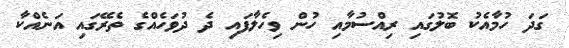
ގަދަ ހުމާއެކު ބޮލުގައި ރިއްސުމާއި ހުން ވިހެލާފައި ދެ ދުވަހެއްގެ ތެރޭގައި އަނެއްކާ